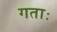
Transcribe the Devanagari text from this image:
गताः